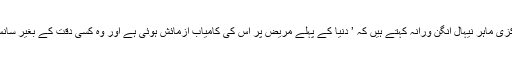
اسے تیار کرنے والے مرکزی ماہر نیہال انگن ورانہ کہتے ہیں کہ ’ دنیا کے پہلے مریض پر اس کی کامیاب آزمائش ہوئی ہے اور وہ کسی دقت کے بغیر سانس لے رہا اور بول رہا ہے۔